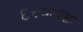
દરવાજા